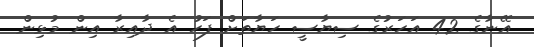
އޭނާގެ 42 އަހަރުގެ ސިޔާސީ ހަޔާތަށް ފަހު އެ ދާއިރާ އިން މުޅިން